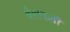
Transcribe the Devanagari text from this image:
वंशवली